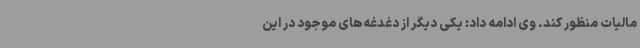
مالیات منظور کند. وی ادامه داد: یکی دیگر از دغدغه‌های موجود در این